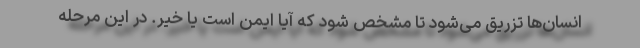
انسان‌ها تزریق می‌شود تا مشخص شود که آیا ایمن است یا خیر. در این مرحله